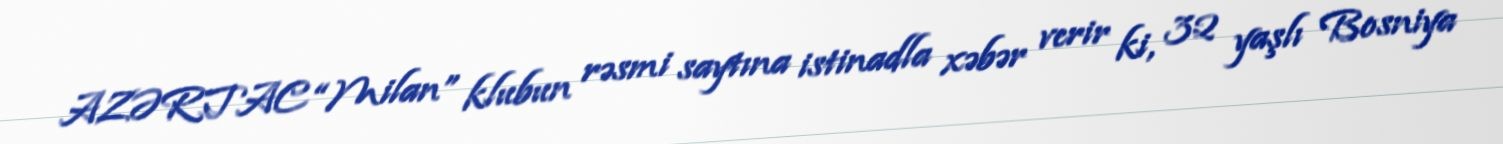
AZƏRTAC “Milan” klubun rəsmi saytına istinadla xəbər verir ki, 32 yaşlı Bosniya